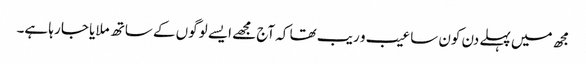
مجھ میں پہلے دن کون سا عیب و ریب تھا کہ آج مجھے ایسے لوگوں کے ساتھ ملایا جا رہا ہے۔